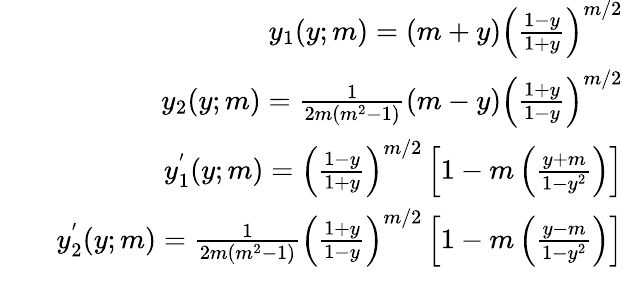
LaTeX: \begin{array}{rlr}&{}&{y_{1}(y;m)=\left(m+y\right)\left(\frac{1-y}{1+y}\right)^{m/2}}\\ &{}&{y_{2}(y;m)=\frac{1}{2m(m^{2}-1)}\left(m-y\right)\left(\frac{1+y}{1-y}\right)^{m/2}}\\ &{}&{y_{1}^{'}(y;m)=\left(\frac{1-y}{1+y}\right)^{m/2}\left[1-m\left(\frac{y+m}{1-y^{2}}\right)\right]}\\ &{}&{y_{2}^{'}(y;m)=\frac{1}{2m(m^{2}-1)}\left(\frac{1+y}{1-y}\right)^{m/2}\left[1-m\left(\frac{y-m}{1-y^{2}}\right)\right]}\\ &{}&\end{array}